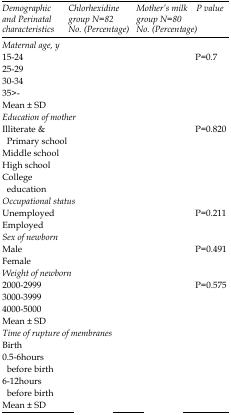
<table><thead><tr><td><b>Demographic and Perinatal characteristics</b></td><td><b>Chlorhexidine group N=82 No. (Percentage)</b></td><td><b>Mother’s milk group N=80 No. (Percentage)</b></td><td><b>P value</b></td></tr></thead><tbody><tr><td><i>Maternal age, y</i></td><td>[EMPTY_CELL]</td><td>[EMPTY_CELL]</td><td>[EMPTY_CELL]</td></tr><tr><td>15-24</td><td>[EMPTY_CELL]</td><td>[EMPTY_CELL]</td><td>P=0.7</td></tr><tr><td>25-29</td><td>[EMPTY_CELL]</td><td>[EMPTY_CELL]</td><td>[EMPTY_CELL]</td></tr><tr><td>30-34</td><td>[EMPTY_CELL]</td><td>[EMPTY_CELL]</td><td>[EMPTY_CELL]</td></tr><tr><td>35&gt;-</td><td>[EMPTY_CELL]</td><td>[EMPTY_CELL]</td><td>[EMPTY_CELL]</td></tr><tr><td>Mean ± SD</td><td>[EMPTY_CELL]</td><td>[EMPTY_CELL]</td><td>[EMPTY_CELL]</td></tr><tr><td><i>Education of mother</i></td><td>[EMPTY_CELL]</td><td>[EMPTY_CELL]</td><td>[EMPTY_CELL]</td></tr><tr><td>Illiterate &amp; Primary school</td><td>[EMPTY_CELL]</td><td>[EMPTY_CELL]</td><td>P=0.820</td></tr><tr><td>Middle school</td><td>[EMPTY_CELL]</td><td>[EMPTY_CELL]</td><td>[EMPTY_CELL]</td></tr><tr><td>High school</td><td>[EMPTY_CELL]</td><td>[EMPTY_CELL]</td><td>[EMPTY_CELL]</td></tr><tr><td>College education</td><td>[EMPTY_CELL]</td><td>[EMPTY_CELL]</td><td>[EMPTY_CELL]</td></tr><tr><td><i>Occupational status</i></td><td>[EMPTY_CELL]</td><td>[EMPTY_CELL]</td><td>[EMPTY_CELL]</td></tr><tr><td>Unemployed</td><td>[EMPTY_CELL]</td><td>[EMPTY_CELL]</td><td>P=0.211</td></tr><tr><td>Employed</td><td>[EMPTY_CELL]</td><td>[EMPTY_CELL]</td><td>[EMPTY_CELL]</td></tr><tr><td><i>Sex of newborn</i></td><td>[EMPTY_CELL]</td><td>[EMPTY_CELL]</td><td>[EMPTY_CELL]</td></tr><tr><td>Male</td><td>[EMPTY_CELL]</td><td>[EMPTY_CELL]</td><td>P=0.491</td></tr><tr><td>Female</td><td>[EMPTY_CELL]</td><td>[EMPTY_CELL]</td><td>[EMPTY_CELL]</td></tr><tr><td><i>Weight of newborn</i></td><td>[EMPTY_CELL]</td><td>[EMPTY_CELL]</td><td>[EMPTY_CELL]</td></tr><tr><td>2000-2999</td><td>[EMPTY_CELL]</td><td>[EMPTY_CELL]</td><td>P=0.575</td></tr><tr><td>3000-3999</td><td>[EMPTY_CELL]</td><td>[EMPTY_CELL]</td><td>[EMPTY_CELL]</td></tr><tr><td>4000-5000</td><td>[EMPTY_CELL]</td><td>[EMPTY_CELL]</td><td>[EMPTY_CELL]</td></tr><tr><td>Mean ± SD</td><td>[EMPTY_CELL]</td><td>[EMPTY_CELL]</td><td>[EMPTY_CELL]</td></tr><tr><td><i>Time of rupture of membranes</i></td><td>[EMPTY_CELL]</td><td>[EMPTY_CELL]</td><td>[EMPTY_CELL]</td></tr><tr><td>Birth</td><td>[EMPTY_CELL]</td><td>[EMPTY_CELL]</td><td>[EMPTY_CELL]</td></tr><tr><td>0.5-6 hours before birth</td><td>[EMPTY_CELL]</td><td>[EMPTY_CELL]</td><td>[EMPTY_CELL]</td></tr><tr><td>6-12 hours before birth</td><td>[EMPTY_CELL]</td><td>[EMPTY_CELL]</td><td>[EMPTY_CELL]</td></tr><tr><td>Mean ± SD</td><td>[EMPTY_CELL]</td><td>[EMPTY_CELL]</td><td>[EMPTY_CELL]</td></tr></tbody></table>